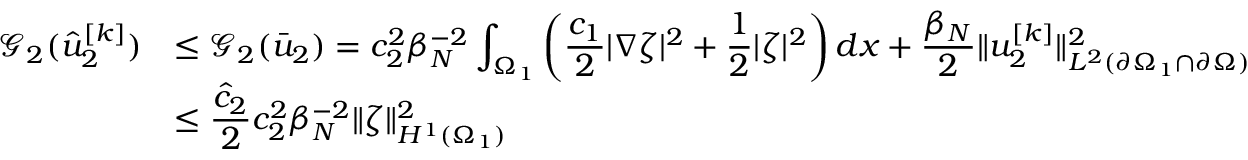
\begin{array} { r l } { \mathcal { G } _ { 2 } ( \hat { u } _ { 2 } ^ { [ k ] } ) } & { \displaystyle \leq \mathcal { G } _ { 2 } ( \bar { u } _ { 2 } ) = c _ { 2 } ^ { 2 } \beta _ { N } ^ { - 2 } \int _ { \Omega _ { 1 } } \left( \frac { c _ { 1 } } { 2 } | \nabla \zeta | ^ { 2 } + \frac 1 2 | \zeta | ^ { 2 } \right) d x + \frac { \beta _ { N } } { 2 } \lVert u _ { 2 } ^ { [ k ] } \rVert _ { L ^ { 2 } ( \partial \Omega _ { 1 } \cap \partial \Omega ) } ^ { 2 } } \\ & { \displaystyle \leq \frac { \hat { c } _ { 2 } } { 2 } c _ { 2 } ^ { 2 } \beta _ { N } ^ { - 2 } \lVert \zeta \rVert _ { H ^ { 1 } ( \Omega _ { 1 } ) } ^ { 2 } } \end{array}